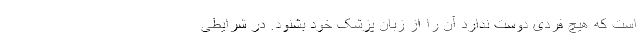
است که هیچ فردی دوست ندارد آن را از زبان پزشک خود بشنود. در شرایطی